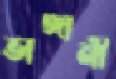
ভাঙ্গানী